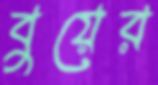
বুয়ের